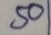
50